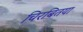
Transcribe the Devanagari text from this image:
चिरबितया